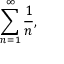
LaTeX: \sum _ { n = 1 } ^ { \infty } { \frac { 1 } { n } } ,